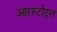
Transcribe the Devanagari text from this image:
आरस्टोट्ल